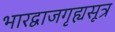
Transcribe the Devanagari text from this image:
भारद्वाजगृह्यसूत्र